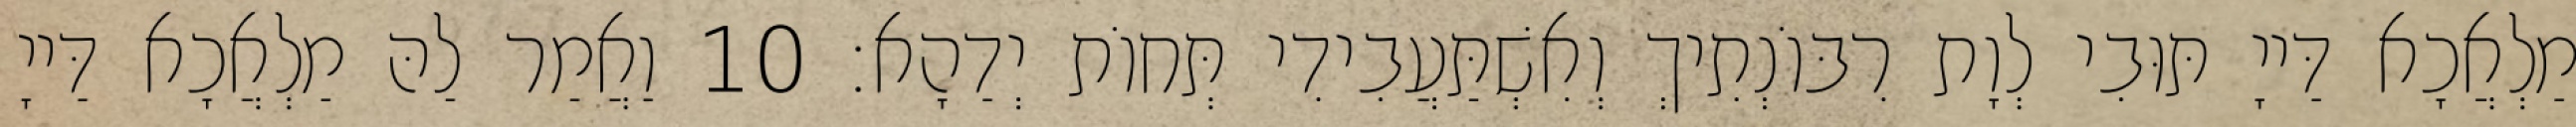
מַלְאֲכָא דַּייָ תּוּבִי לְוָת רִבּוֹנְתִיךְ וְאִשְׁתַּעֲבִידִי תְּחוֹת יְדַהָא׃ 10 וַאֲמַר לַהּ מַלְאֲכָא דַּייָ